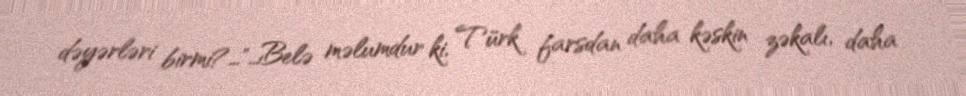
dəyərləri birmi?…"…Belə məlumdur ki, Türk farsdan daha kəskin zəkalı, daha